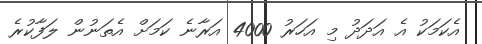
އެކަމަކު އެ އަދަދު މި އަހަރު 4000 އަރާނެ ކަމަށް އެތަނުން ލަފާކުރެ